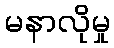
မနာလိုမှု